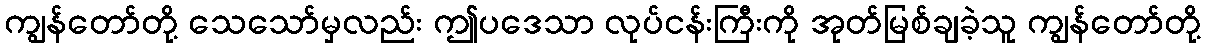
ကျွန်တော်တို့ သေသော်မှလည်း ဤပဒေသာ လုပ်ငန်းကြီးကို အုတ်မြစ်ချခဲ့သူ ကျွန်တော်တို့